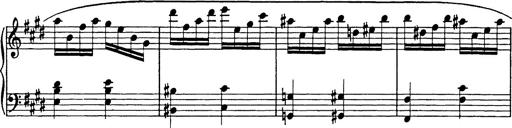
Title: 8 Variations
Composer: Franz Liszt
Key: A-flat major